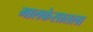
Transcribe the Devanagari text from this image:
मालकंसातला